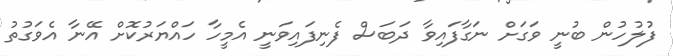
ފުލުހުން ބުނީ ވަގަށް ނަގާފައިވާ ދަބަސް ފެނިފައިވަނީ އެމީހާ ހައްޔަރުކޮށް އޭނާ އެވަގުތު